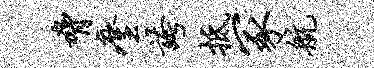
胁麈夸抵冢航